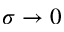
\sigma \to 0